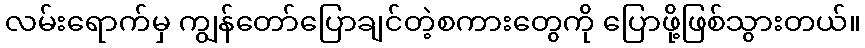
လမ်းရောက်မှ ကျွန်တော်ပြောချင်တဲ့စကားတွေကို ပြောဖို့ဖြစ်သွားတယ်။